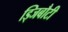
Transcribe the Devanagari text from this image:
ड्जिबौटी